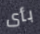
بأى